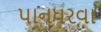
પાનધરવા